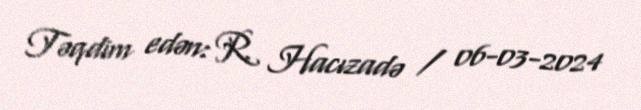
Təqdim edən: R. Hacızadə / 06-03-2024